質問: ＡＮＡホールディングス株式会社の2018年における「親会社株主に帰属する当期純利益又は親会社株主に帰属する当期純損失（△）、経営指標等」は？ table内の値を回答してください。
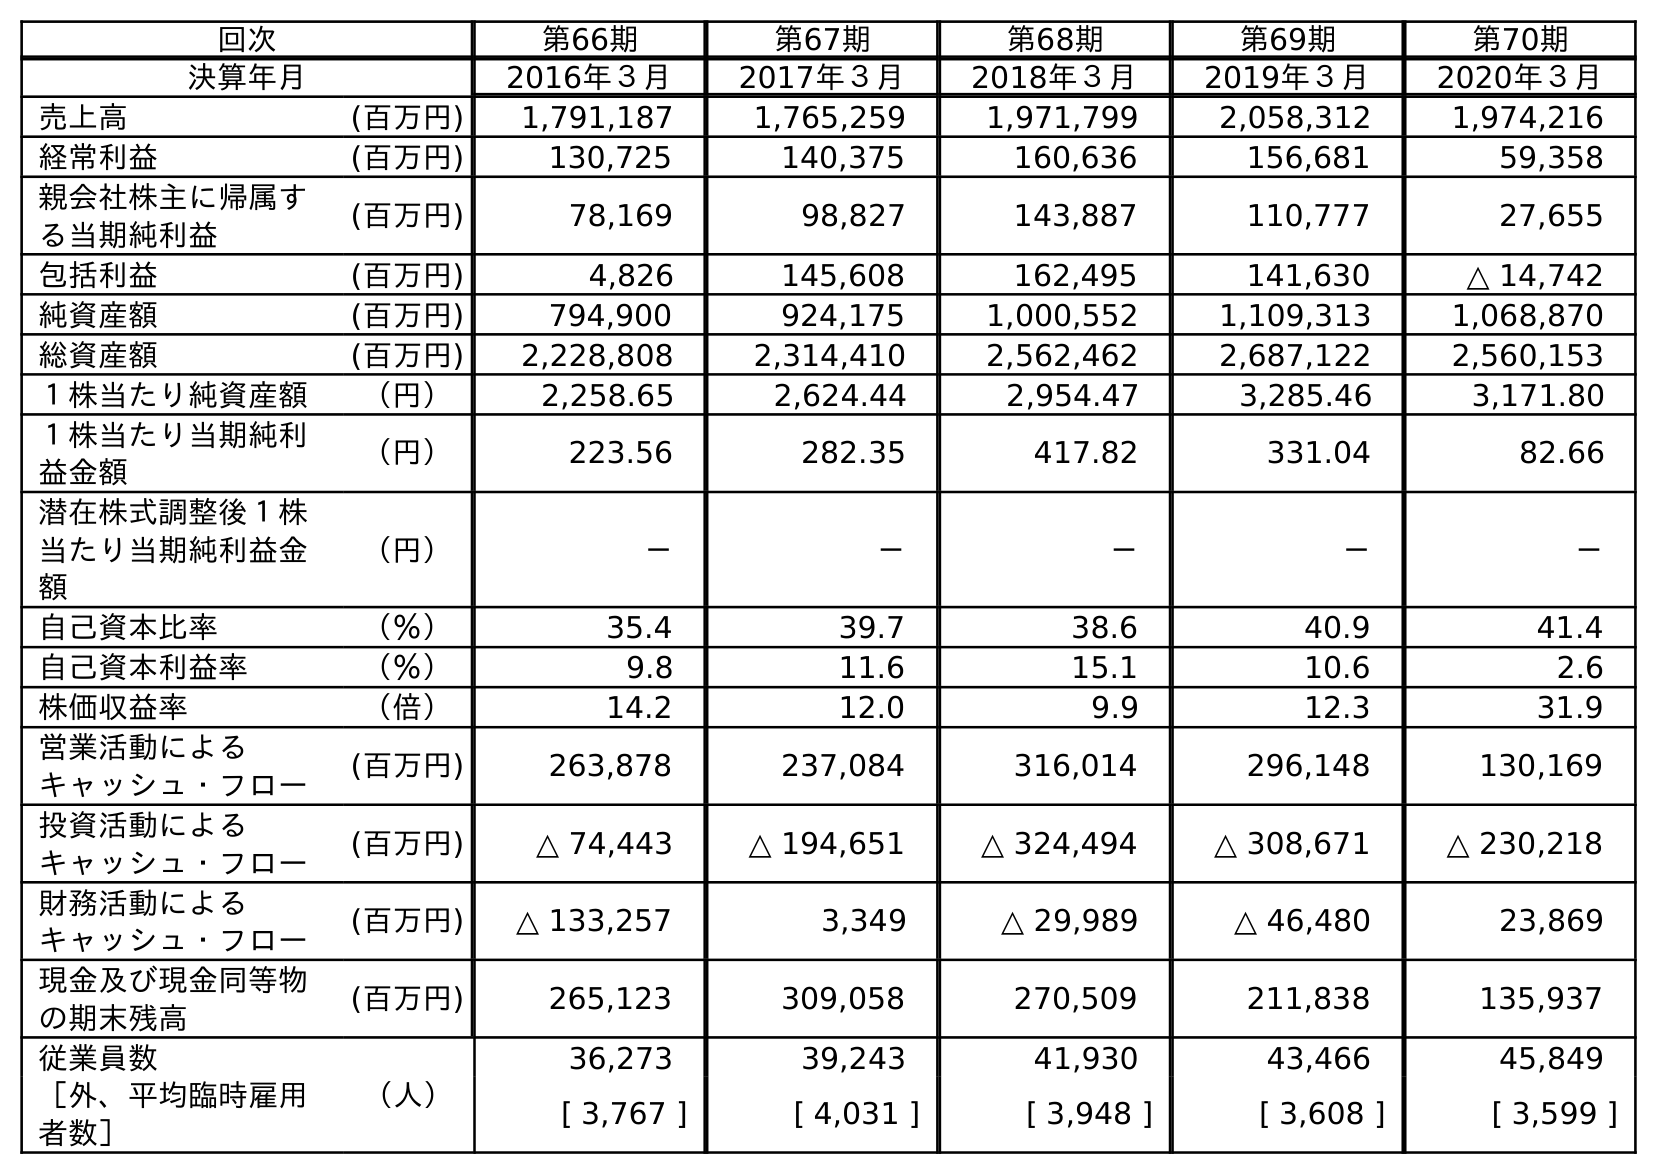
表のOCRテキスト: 回次 第66期 第67期 第68期 第69期 第70期 決算年月 2016年３月 2017年３月 2018年３月 2019年３月 2020年３月 売上高 (百万円) 1,791,187 1,765,259 1,971,799 2,058,312 1,974,216 経常利益 (百万円) 130,725 140,375 160,636 156,681 59,358 親会社株主に帰属す る当期純利益 (百万円) 78,169 98,827 143,887 110,777 27,655 包括利益 (百万円) 4,826 145,608 162,495 141,630 △ 14,742 純資産額 (百万円) 794,900 924,175 1,000,552 1,109,313 1,068,870 総資産額 (百万円) 2,228,808 2,314,410 2,562,462 2,687,122 2,560,153 １株当たり純資産額 （円） 2,258.65 2,624.44 2,954.47 3,285.46 3,171.80 １株当たり当期純利 益金額 （円） 223.56 282.35 417.82 331.04 82.66 潜在株式調整後１株 当たり当期純利益金 額 （円） － － － － － 自己資本比率 （％） 35.4 39.7 38.6 40.9 41.4 自己資本利益率 （％） 9.8 11.6 15.1 10.6 2.6 株価収益率 （倍） 14.2 12.0 9.9 12.3 31.9 営業活動による キャッシュ・フロー (百万円) 263,878 237,084 316,014 296,148 130,169 投資活動による キャッシュ・フロー (百万円) △ 74,443 △ 194,651 △ 324,494 △ 308,671 △ 230,218 財務活動による キャッシュ・フロー (百万円) △ 133,257 3,349 △ 29,989 △ 46,480 23,869 現金及び現金同等物 の期末残高 (百万円) 265,123 309,058 270,509 211,838 135,937 従業員数 （人） 36,273 39,243 41,930 43,466 45,849 ［外、平均臨時雇用 者数］ [ 3,767 ] [ 4,031 ] [ 3,948 ] [ 3,608 ] [ 3,599 ]
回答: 143,887